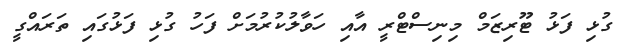
ގުޅި ފަޅު ޓޫރިޒަމް މިނިސްޓްރީ އާއި ހަވާލުކުުރުމަށް ފަހު ގުޅި ފަޅުގައި ތަރައްގީ